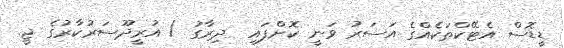
ޑީޑޮސް އެޓޭކްތަކެއްގެ އަސަރު ވަނީ ކޮށްފައި  ދިރާގު / އުރީދޫސަރުކާރުގެ ޖީ.